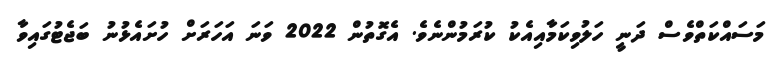
މަސައްކަތްވެސް ދަނީ ހަލުވިކަމާއިއެކު ކުރަމުންނެވެ. އެގޮތުން 2022 ވަނަ އަހަރަށް ހުށައެޅުނު ބަޖެޓުގައިވާ